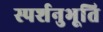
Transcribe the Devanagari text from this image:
स्पर्शनुभूति